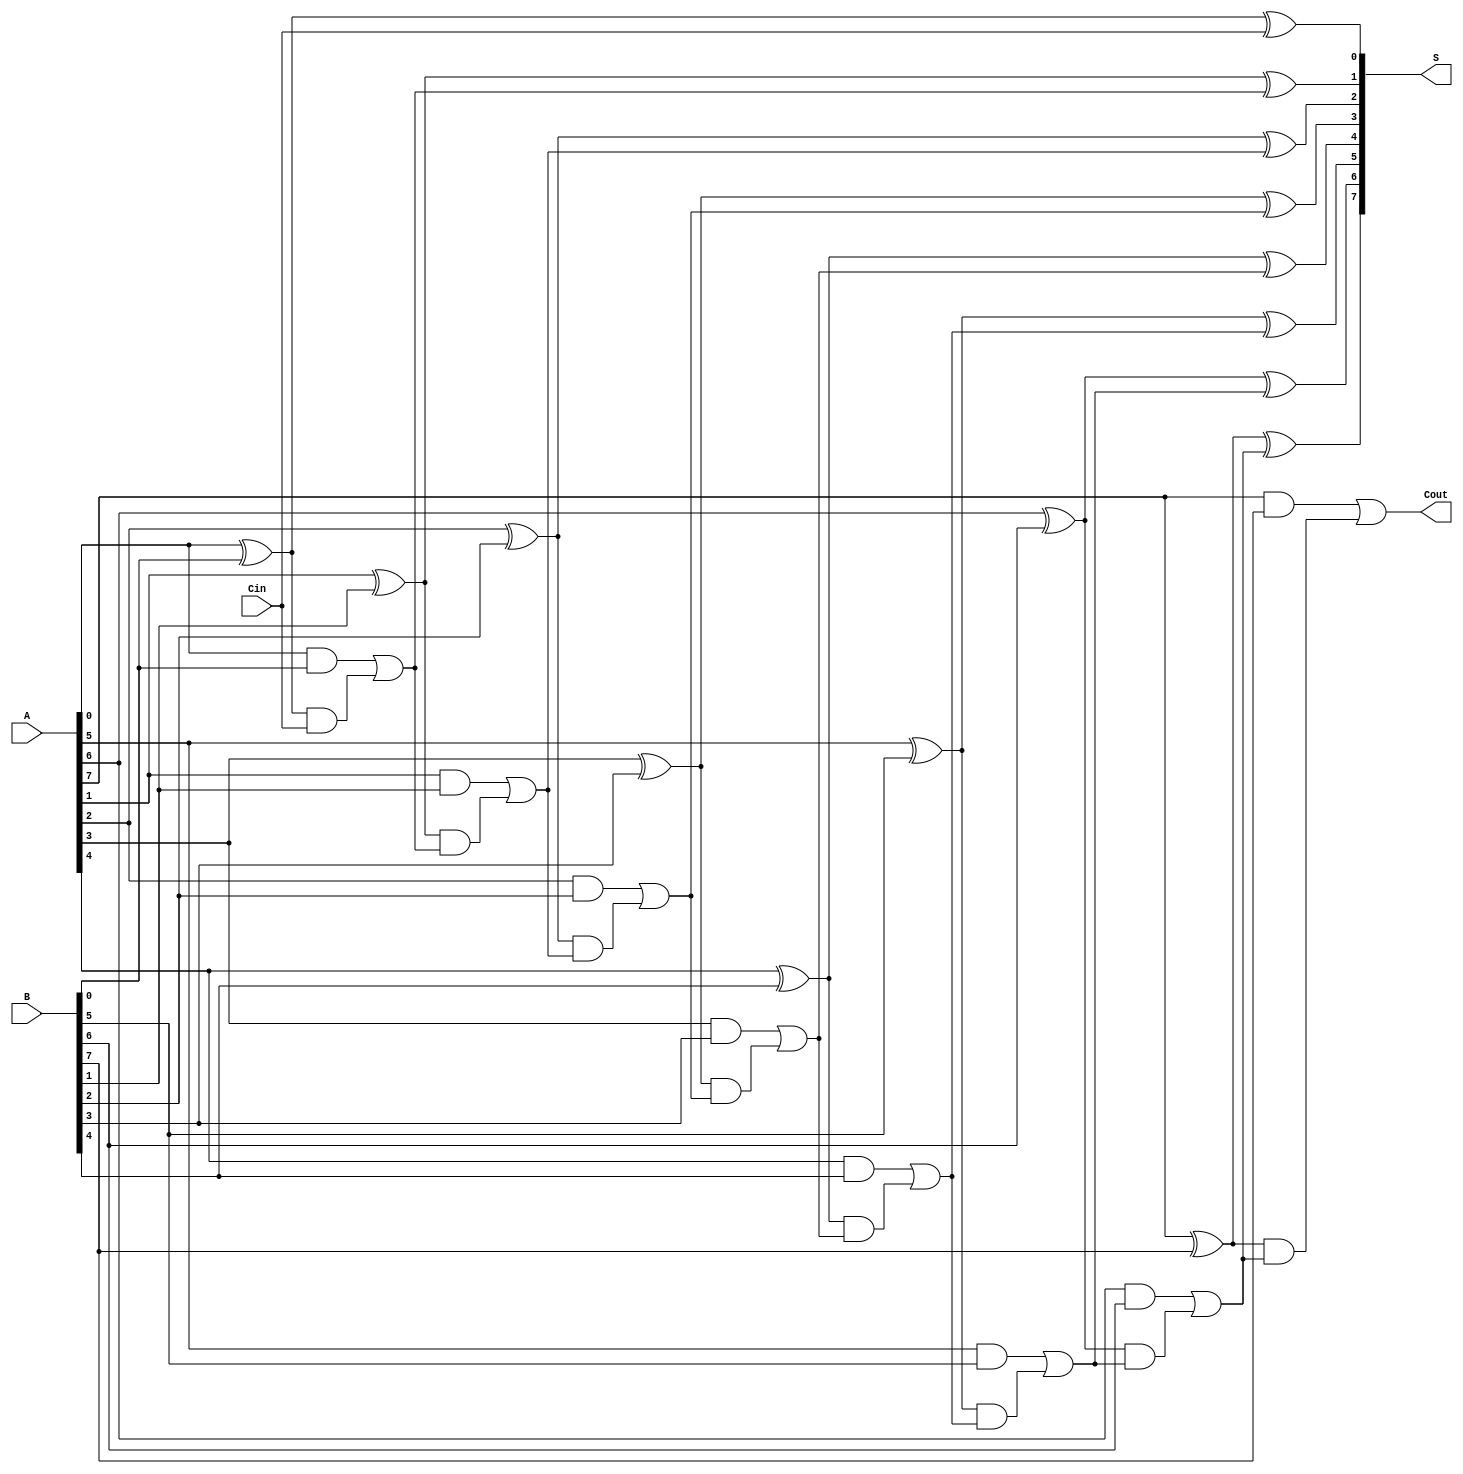
module PrecomputationCarryAdder #(parameter N = 8) (
    input [N-1:0] A,       // First n-bit input
    input [N-1:0] B,       // Second n-bit input
    input Cin,             // Carry-in
    output [N-1:0] S,      // n-bit sum output
    output Cout            // Carry-out
);

    wire [N:0] C;          // Carry signals (C[0] is Cin, C[N] is Cout)
    wire [N-1:0] G;        // Generate signals
    wire [N-1:0] P;        // Propagate signals

    // Generate and propagate signals
    genvar i;
    generate
        for (i = 0; i < N; i = i + 1) begin : gen_prop
            assign G[i] = A[i] & B[i];    // Generate
            assign P[i] = A[i] ^ B[i];    // Propagate
        end
    endgenerate

    // Carry generation logic
    assign C[0] = Cin; // Initial carry-in
    generate
        for (i = 1; i <= N; i = i + 1) begin : carry_gen
            assign C[i] = G[i-1] | (P[i-1] & C[i-1]); // Carry-out calculation
        end
    endgenerate

    // Sum calculation
    generate
        for (i = 0; i < N; i = i + 1) begin : sum_calc
            assign S[i] = P[i] ^ C[i]; // Sum calculation
        end
    endgenerate

    // Final carry-out
    assign Cout = C[N];

endmodule